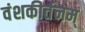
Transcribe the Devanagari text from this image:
वंशकीर्तनम्